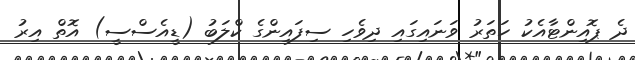
ދެ ޕޮއިންޓާއެކު ހަތަރު ވަނައިގައި ދިވެހި ސިފައިންގެ ކްލަބު (ޑީއެސްސީ) އޮތް އިރު